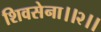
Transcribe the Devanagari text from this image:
शिवसेना।।२।।